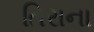
તિરાના